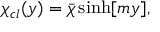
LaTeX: \chi _ { c l } ( y ) = \bar { \chi } \, \mathrm { s i n h } [ m y ] ,